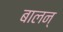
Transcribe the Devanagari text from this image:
बालन्